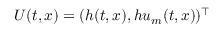
U ( t , x ) = ( h ( t , x ) , h u _ { m } ( t , x ) ) ^ { \top }